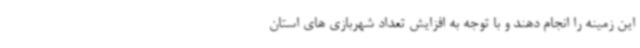
این زمینه را انجام دهند و با توجه به افزایش تعداد شهربازی های استان